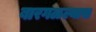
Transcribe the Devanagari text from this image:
बारगळल्यास